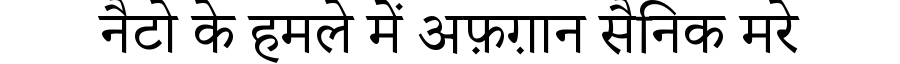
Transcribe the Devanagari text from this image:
नैटो के हमले में अफ़ग़ान सैनिक मरे